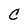
Character: C